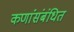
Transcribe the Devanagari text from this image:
कणांंसंबंधित